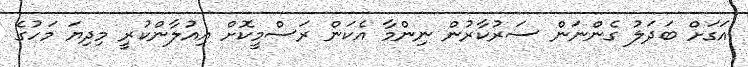
އަގަށް ބަދަލު ގެންނަން ސަރުކާރުން ނިންމާ އެކަން ރަސްމީކޮށް އިއުލާންކުރީ މިދިޔަ މަހުގެ